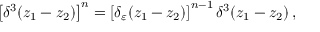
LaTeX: \left[ \delta ^ { 3 } ( z _ { 1 } - z _ { 2 } ) \right] ^ { n } = \left[ \delta _ { \varepsilon } ( z _ { 1 } - z _ { 2 } ) \right] ^ { n - 1 } \delta ^ { 3 } ( z _ { 1 } - z _ { 2 } ) \, ,